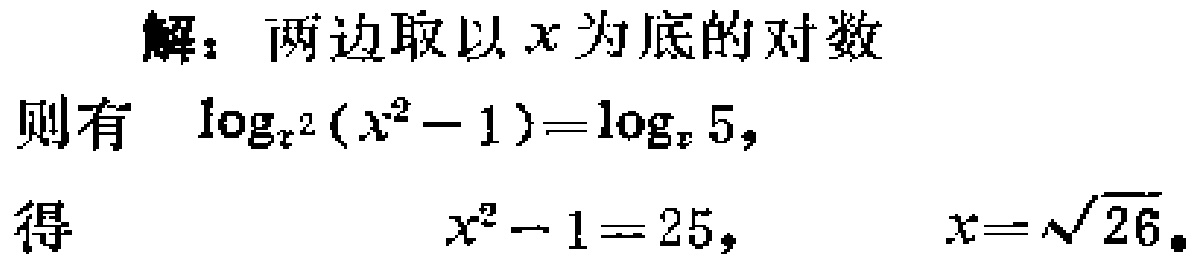
解：两边取以\(x\)为底的对数
则有 \(\log_{x^2}(x^{2}-1)=\log_{x}5\)，
得 \(x^{2}-1 = 25\)， \(x = \sqrt{26}\)。